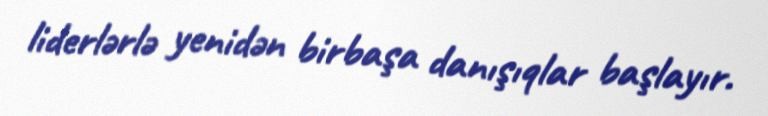
liderlərlə yenidən birbaşa danışıqlar başlayır.